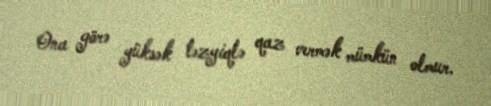
Ona görə yüksək təzyiqlə qaz vermək mümkün olmur.